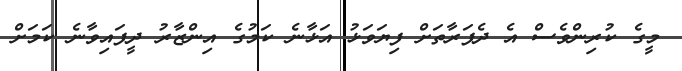
މީގެ ކުރިންވެސް އެ ދެފަރާތަށް ފިޔަވަޅު އަޅާނެ ކަމުގެ އިންޒާރު ދީފައިވާނެ ކަމަށް